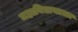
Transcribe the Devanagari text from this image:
महाविद्यायाला